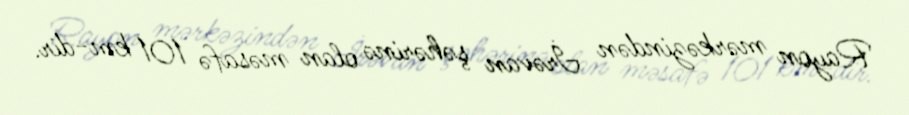
Rayon mərkəzindən İrəvan şəhərinə olan məsafə 101 km-dir.